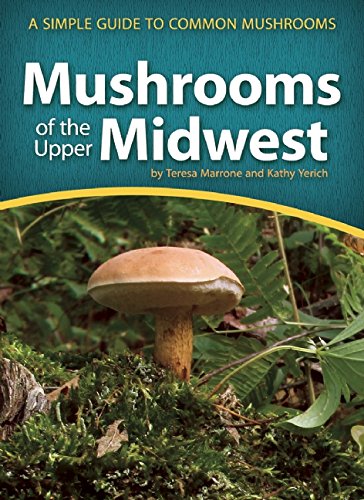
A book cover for Mushrooms of the Upper Midwest: A Simple Guide to Common Mushrooms; Teresa Marrone; Science & Math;